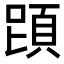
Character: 𩒁